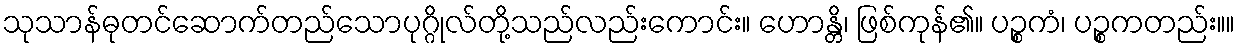
သုသာန်ဓုတင်ဆောက်တည်သောပုဂ္ဂိုလ်တို့သည်လည်းကောင်း။ ဟောန္တိ၊ ဖြစ်ကုန်၏။ ပဉ္စကံ၊ ပဉ္စကတည်း။။